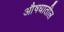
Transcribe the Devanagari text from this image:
औषधातील